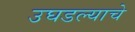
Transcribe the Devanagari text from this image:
उघडल्‍याचे